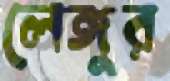
লেঙ্গুর